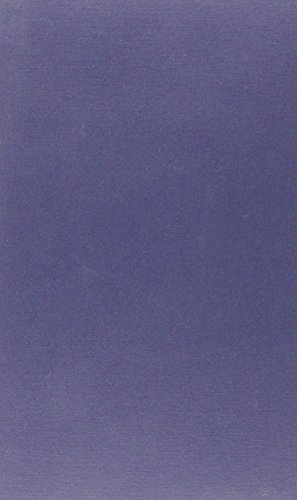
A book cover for All Er Annual Review: 1996; Law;